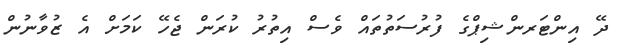
ދޭ އިންޓަރންޝިޕްގެ ފުރުސަތުތައް ވެސް އިތުރު ކުރަން ޖެހޭ ކަމަށް އެ ޒުވާނުން